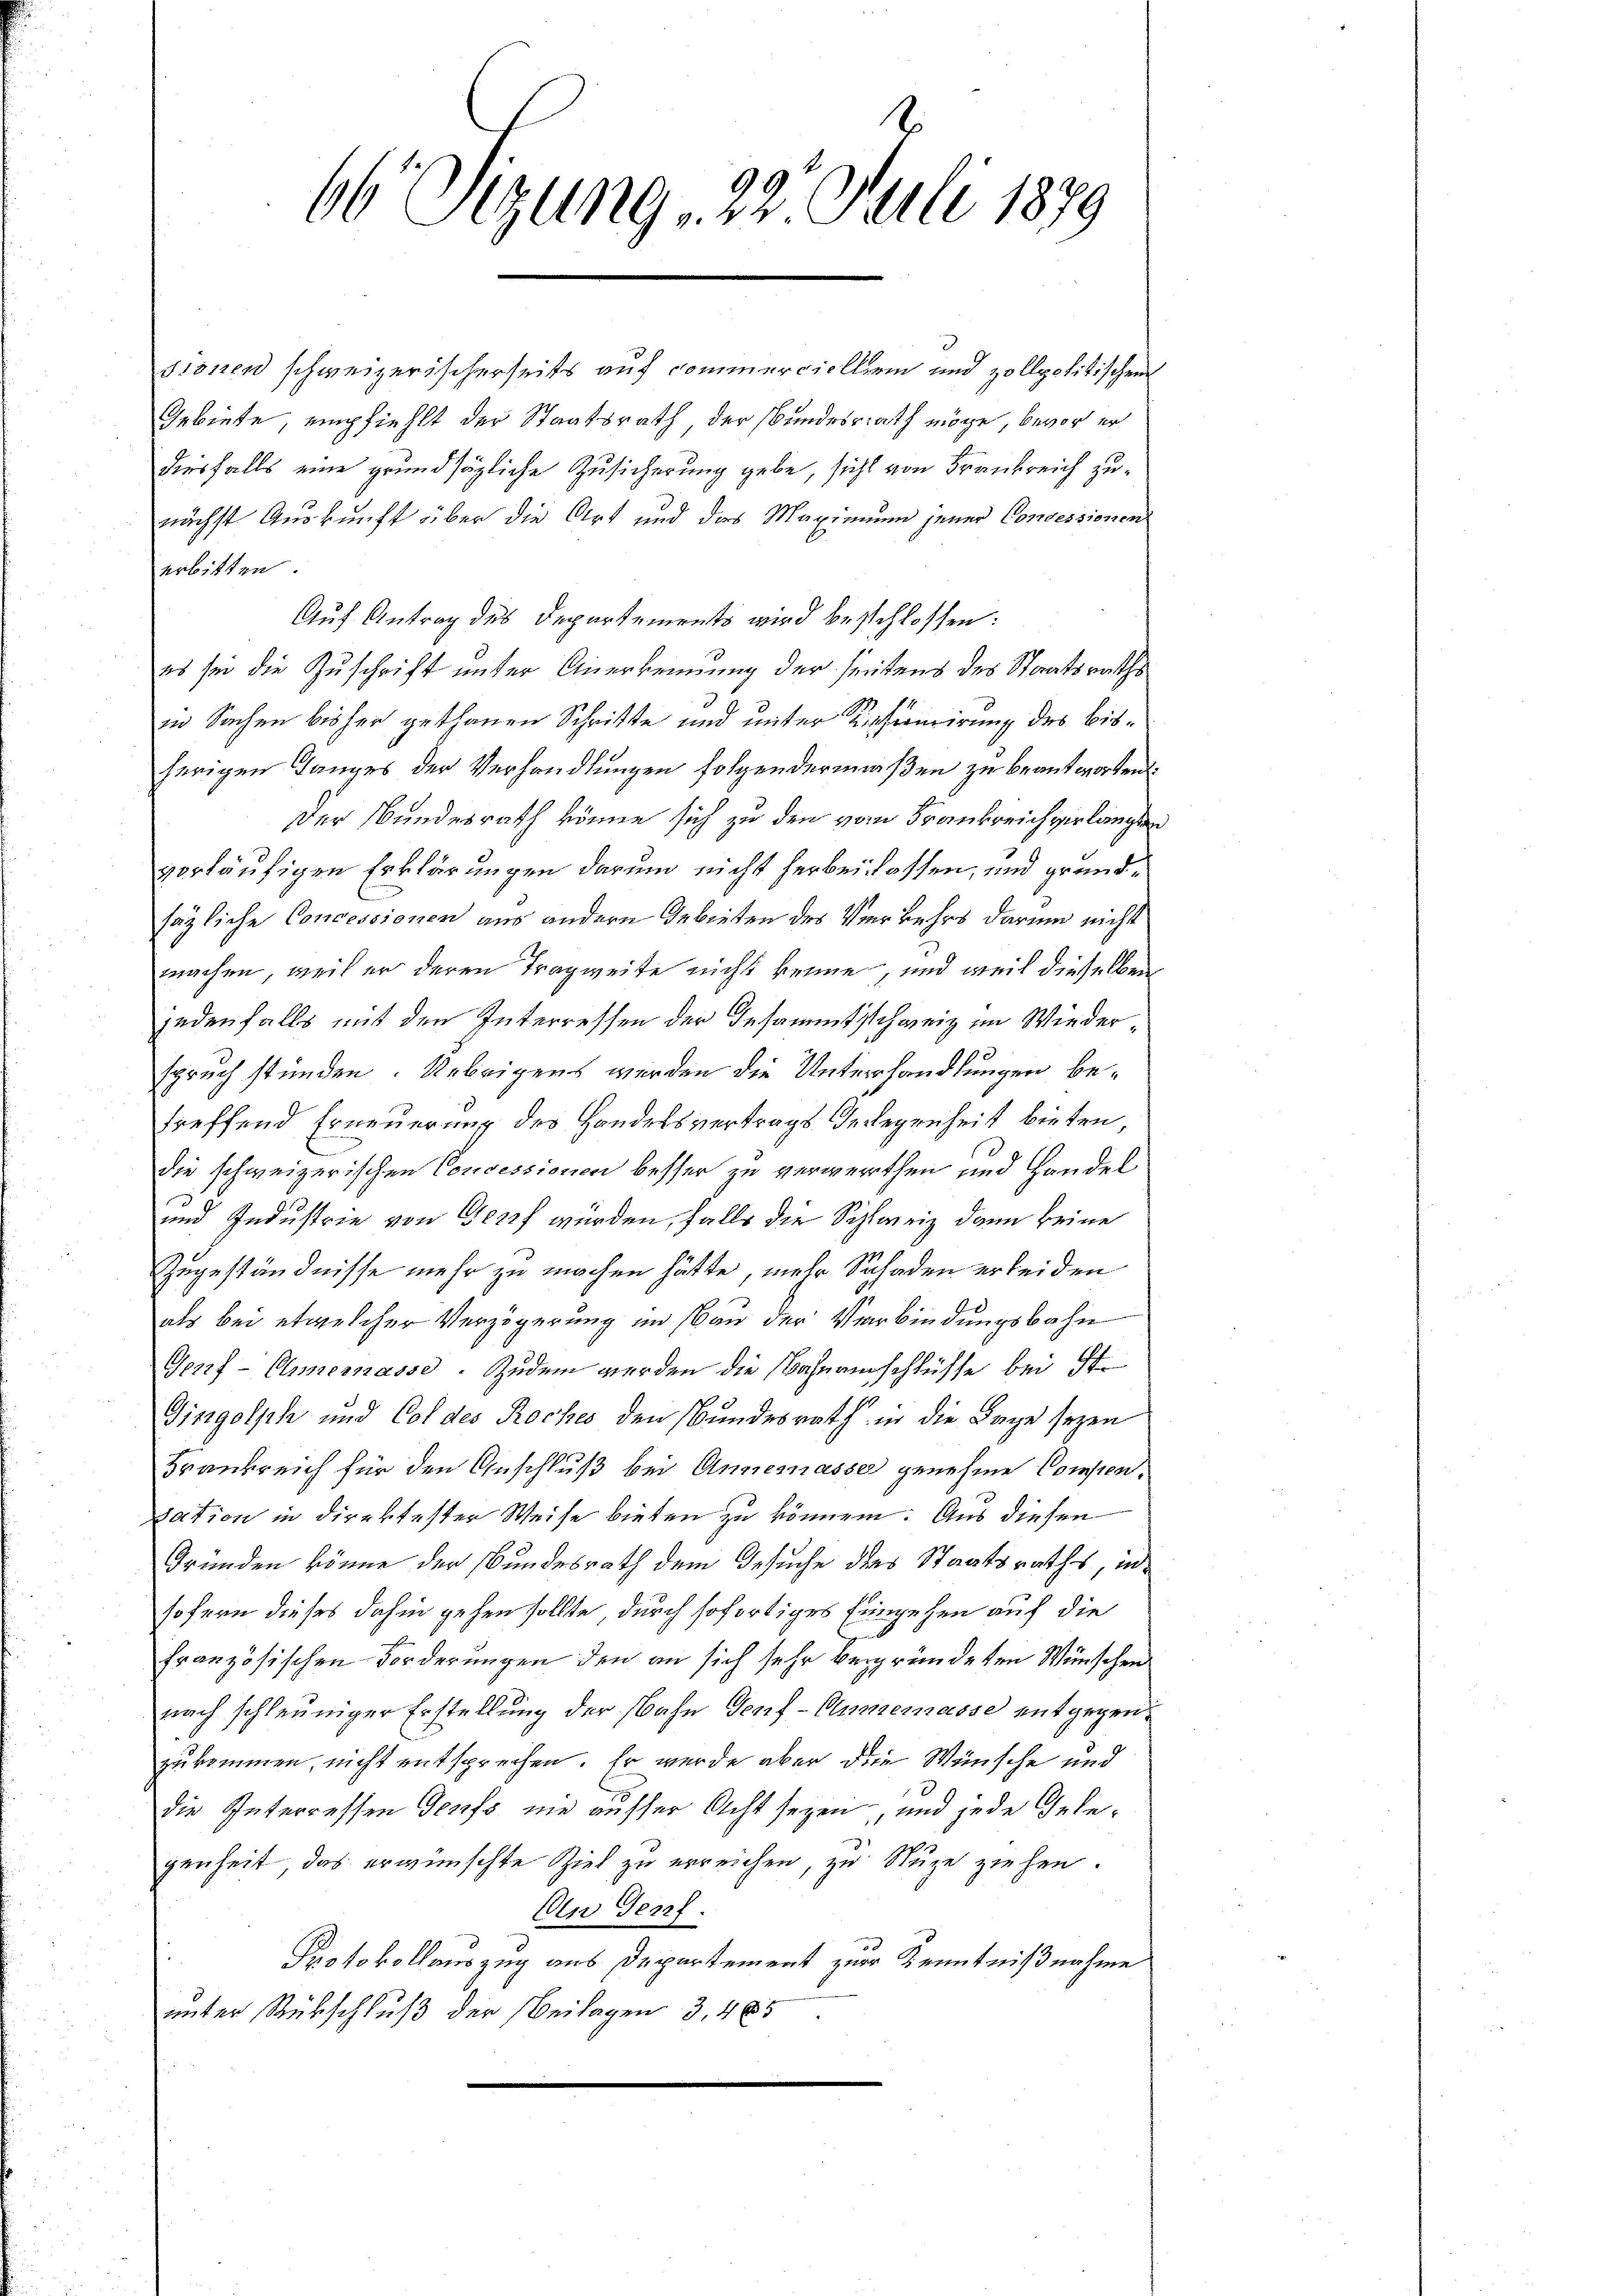
sionen schweizerischerseits auf Commerciellen und zollpolitischen
Gebiete, empfiehlt der Staatsrath der Bundesrath möge, bevor er
diesfalls eine grundsägliche Zusicherung gebe, sicht von Frankreich zunächst Auskunft über die Art und das Maximum jener Consessionen
erbitten
Auf Antrag des Departements wird beschlossen:
es sei die Zuschrift unter Anerkennung der seitens des Staatsraths
in Sachen bisher gethanen Schritte und unter Tieferuirung des bisherigen Langes der Verhandlungen folgendermaßen zu beantworten:
Der Bundesrath könne sich zu den vom Frankreich verlangten
vorläufigen Erklärungen darum nicht herbeilassen, und grundsägliche Concessionen aus andern Gebieten des Verkehrs darum nicht
machen, weil er deren Tragweite nicht kenne, und weil dieselben
jedenfalls mit den Interressen der Gesammtschweiz im Wiederspruch stünden. Uebrigens werden die Unterhandlungen betreffend Erneuerung des Handelsvertrags-Gelegenheit bieten
die schweizerischen Concessionen besser zu verwerthen und Handel
und Industrie von Genf wurden, falls die Schweiz dann keine
Zugeständnisse mehr zu machen hätte, mehr Schaden erleiden
als bei etwelcher Verzögerung im Bau der Verbindungsbahn
Gouf-Ennemasse. Zudem werden die Naherischlüsse bei St.
Gingolsch und Col des Roches den Bundesrath in die Lage seyen
Krankreich für den Anschluß bei Annemasse genehme Compensation in direktester Weise bieten zu können. Aus diesen
Gründen könne der Bundesrath dem Gesuche des Staatsraths, insofern dieses dahin gehen sollte, durch sofortiges Eingehen auf die
französischen Forderungen den an sich sehr begründeten Wünschen
nach schleuniger Erstellung der Bahn Genf-Annemasse entgegen-
zukommen, nicht entsprechen. Er wurde aber die Wünsche und
die Interressen Teufs nie ausser Acht seyen, und jede Gelegenheit das erwünschte Ziel zu erreichen, zu Nuze ziehen.
An Genf.
Protokollauszug aus Departement zur Kenntnißnahme
unter Rückschluß der Beilagen 3, 465

66 Sizung , 22. Juli 1879